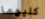
كليهما